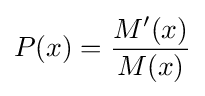
P(x)={\frac {M'(x)}{M(x)}}